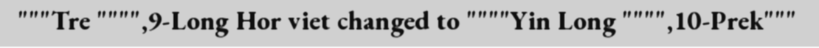
"""Tre """",9-Long Hor viet changed to """"Yin Long """",10-Prek"""